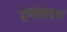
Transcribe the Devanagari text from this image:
दूर्बिणिविना